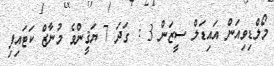
މޯލްޑިވިއަން އައިޑަލް ސީޒަން 3 : ގަދަ 7 ޔަޤީންވެ މުނާޒް ކަޓައިފި